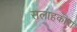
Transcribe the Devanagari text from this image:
सलाहकारा